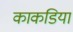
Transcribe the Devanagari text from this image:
काकडिया